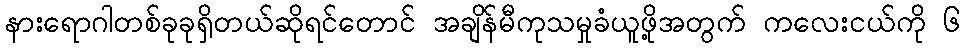
နားရောဂါတစ်ခုခုရှိတယ်ဆိုရင်တောင် အချိန်မီကုသမှုခံယူဖို့အတွက် ကလေးငယ်ကို ၆